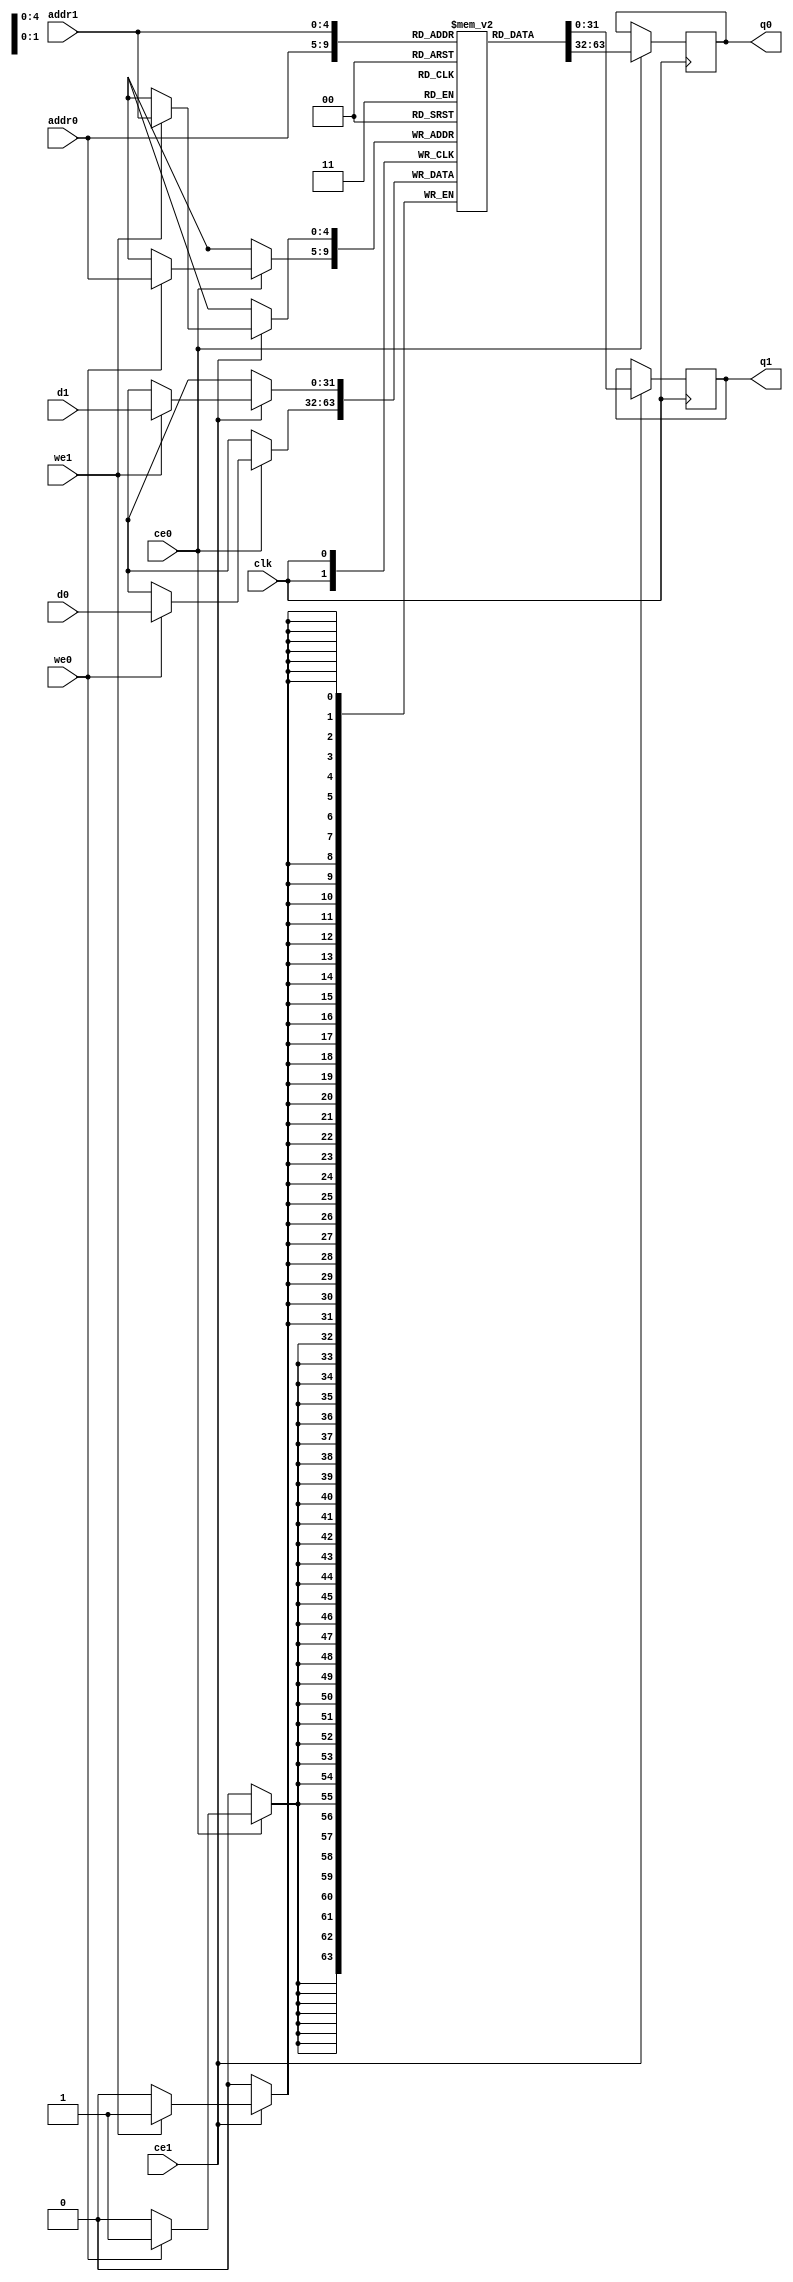
module MixColumn_AddRoundEe_ram (addr0, ce0, d0, we0, q0, addr1, ce1, d1, we1, q1,  clk);

parameter DWIDTH = 32;
parameter AWIDTH = 5;
parameter MEM_SIZE = 32;

input[AWIDTH-1:0] addr0;
input ce0;
input[DWIDTH-1:0] d0;
input we0;
output reg[DWIDTH-1:0] q0;
input[AWIDTH-1:0] addr1;
input ce1;
input[DWIDTH-1:0] d1;
input we1;
output reg[DWIDTH-1:0] q1;
input clk;

(* ram_style = "block" *)reg [DWIDTH-1:0] ram[0:MEM_SIZE-1];




always @(posedge clk)  
begin 
    if (ce0) 
    begin
        if (we0) 
        begin 
            ram[addr0] <= d0; 
        end 
        q0 <= ram[addr0];
    end
end


always @(posedge clk)  
begin 
    if (ce1) 
    begin
        if (we1) 
        begin 
            ram[addr1] <= d1; 
        end 
        q1 <= ram[addr1];
    end
end


endmodule